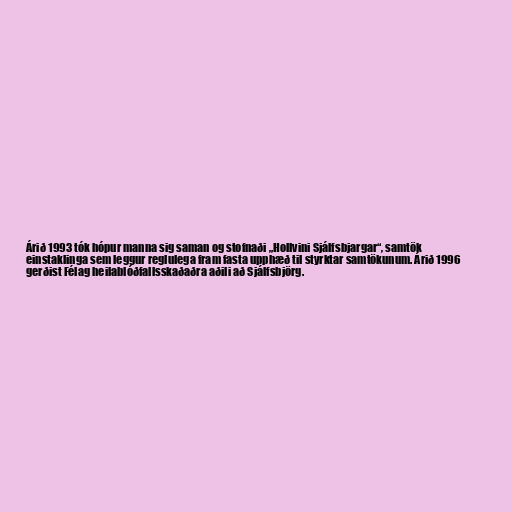
Árið 1993 tók hópur manna sig saman og stofnaði „Hollvini Sjálfsbjargar“, samtök
einstaklinga sem leggur reglulega fram fasta upphæð til styrktar samtökunum. Árið 1996
gerðist Félag heilablóðfallsskaðaðra aðili að Sjálfsbjörg.